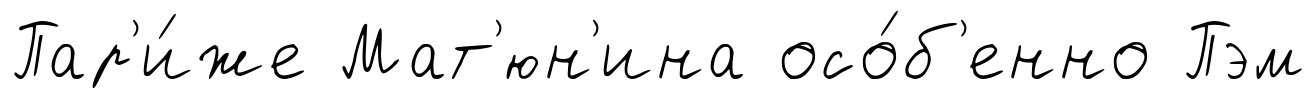
Пар'и́же Мат'юн'ина осо́б'енно Пэм